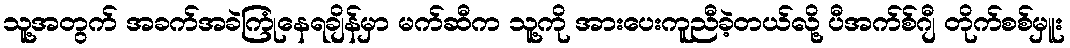
သူ့အတွက် အခက်အခဲကြုံနေရချိန်မှာ မက်ဆီက သူ့ကို အားပေးကူညီခဲ့တယ်လို့ ပီအက်စ်ဂျီ တိုက်စစ်မှူး